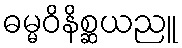
ဓမ္မဝိနိစ္ဆယညူ